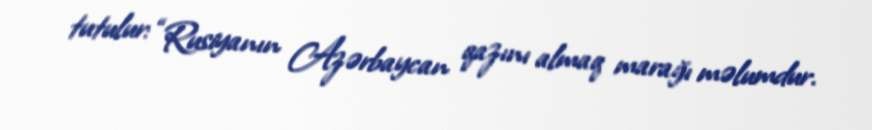
tutulur: “Rusiyanın Azərbaycan qazını almaq marağı məlumdur.